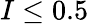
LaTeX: I\leq 0.5